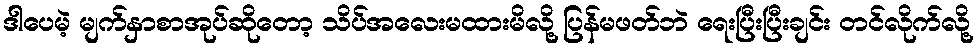
ဒါပေမဲ့ မျက်နှာစာအုပ်ဆိုတော့ သိပ်အလေးမထားမိလို့ ပြန်မဖတ်ဘဲ ရေးပြီးပြီးချင်း တင်လိုက်လို့